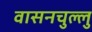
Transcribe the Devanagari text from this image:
वासनचुल्लु